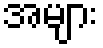
အများ